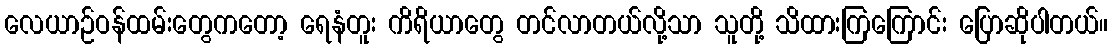
လေယာဉ်ဝန်ထမ်းတွေကတော့ ရေနံတူး ကိရိယာတွေ တင်လာတယ်လို့သာ သူတို့ သိထားကြကြောင်း ပြောဆိုပါတယ်။